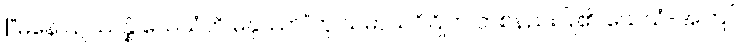
[“မနော ဥဿန္နံ ယေသံတိ မနုဿာ”ဟု သမာသ်ဝိဂြိုဟ် တစ်နည်းပြု၏၊ ယေသံ-အကြင်